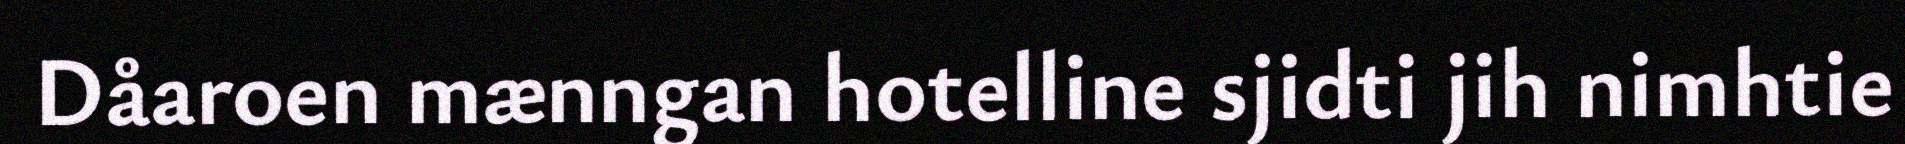
Dåaroen mænngan hotelline sjidti jih nimhtie